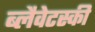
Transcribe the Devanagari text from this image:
ब्लैवेटस्की